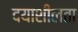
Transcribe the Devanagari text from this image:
दयाशीलता